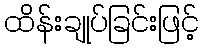
ထိန်းချုပ်ခြင်းဖြင့်